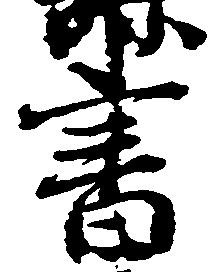
書